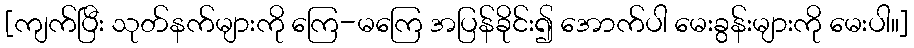
[ကျက်ပြီး သုတ်နက်များကို ကြေ-မကြေ အပြန်ခိုင်း၍ အောက်ပါ မေးခွန်းများကို မေးပါ။]